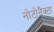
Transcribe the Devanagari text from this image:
नोटोनैक्टा